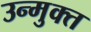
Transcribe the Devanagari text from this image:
उन्‍मुक्‍त